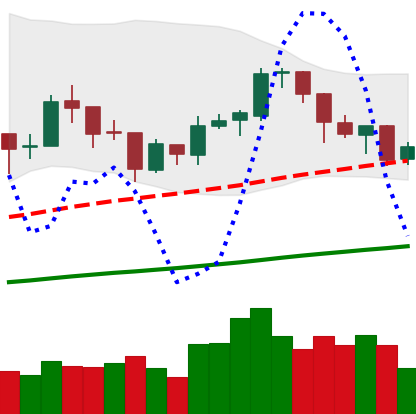
Ticker: BTC-USD
Chart end date: 2018-01-12
Forward return: -19.971%
Label: down_7plus